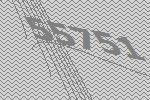
55751